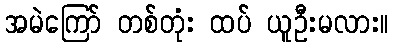
အမဲကြော် တစ်တုံး ထပ် ယူဦးမလား။